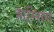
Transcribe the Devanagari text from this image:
हास्सिग